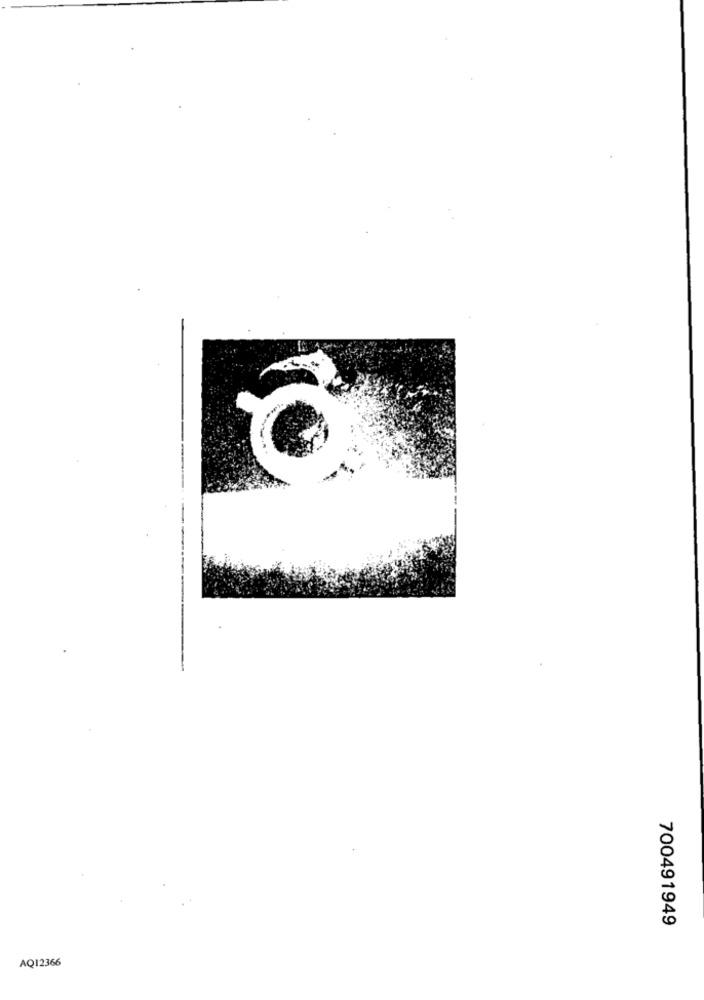
700491949
AQ12366